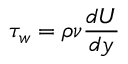
\tau _ { w } = \rho \nu \frac { d U } { d y }